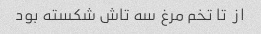
از  تا تخم مرغ سه تاش شکسته بود